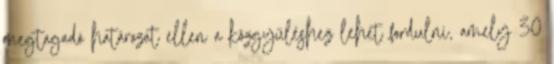
megtagadó határozat ellen a közgyűléshez lehet fordulni, amely 30